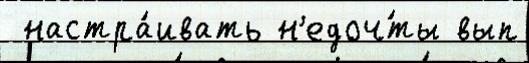
 настра́ивать н'едоч́ты вып